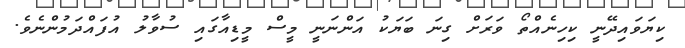
ކިޔަވައިދޭނީ ކިހިނެއްތޯ ވަރަށް ގިނަ ބަޔަކު އަންނަނީ މީސް މީޑިއާގައި ސުވާލު އުފައްދަމުންނެވެ.